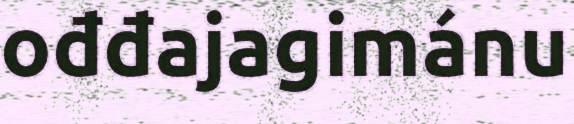
ođđajagimánu